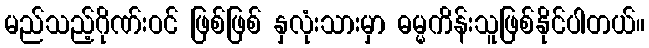
မည်သည့်ဂိုဏ်းဝင် ဖြစ်ဖြစ် နှလုံးသားမှာ ဓမ္မကိန်းသူဖြစ်နိုင်ပါတယ်။